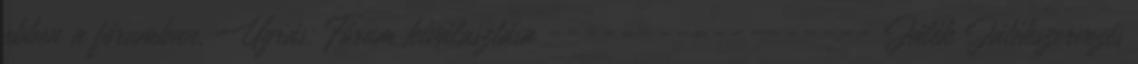
ebben a fórumban. Ugrás: Fórum kiválasztása ------------------ Játék Játékszervezés